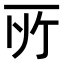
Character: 𫠦